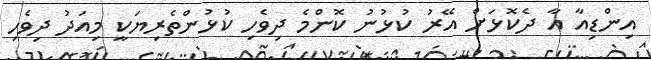
އިންޑިއާ އާ ދެކޮޅަށް އޭރު ކުޅުނު ކޮންމެ ދިވެހި ކުޅުންތެރިޔަކީ މިއަދު ދިވެހި